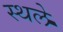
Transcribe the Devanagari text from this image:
स्थले